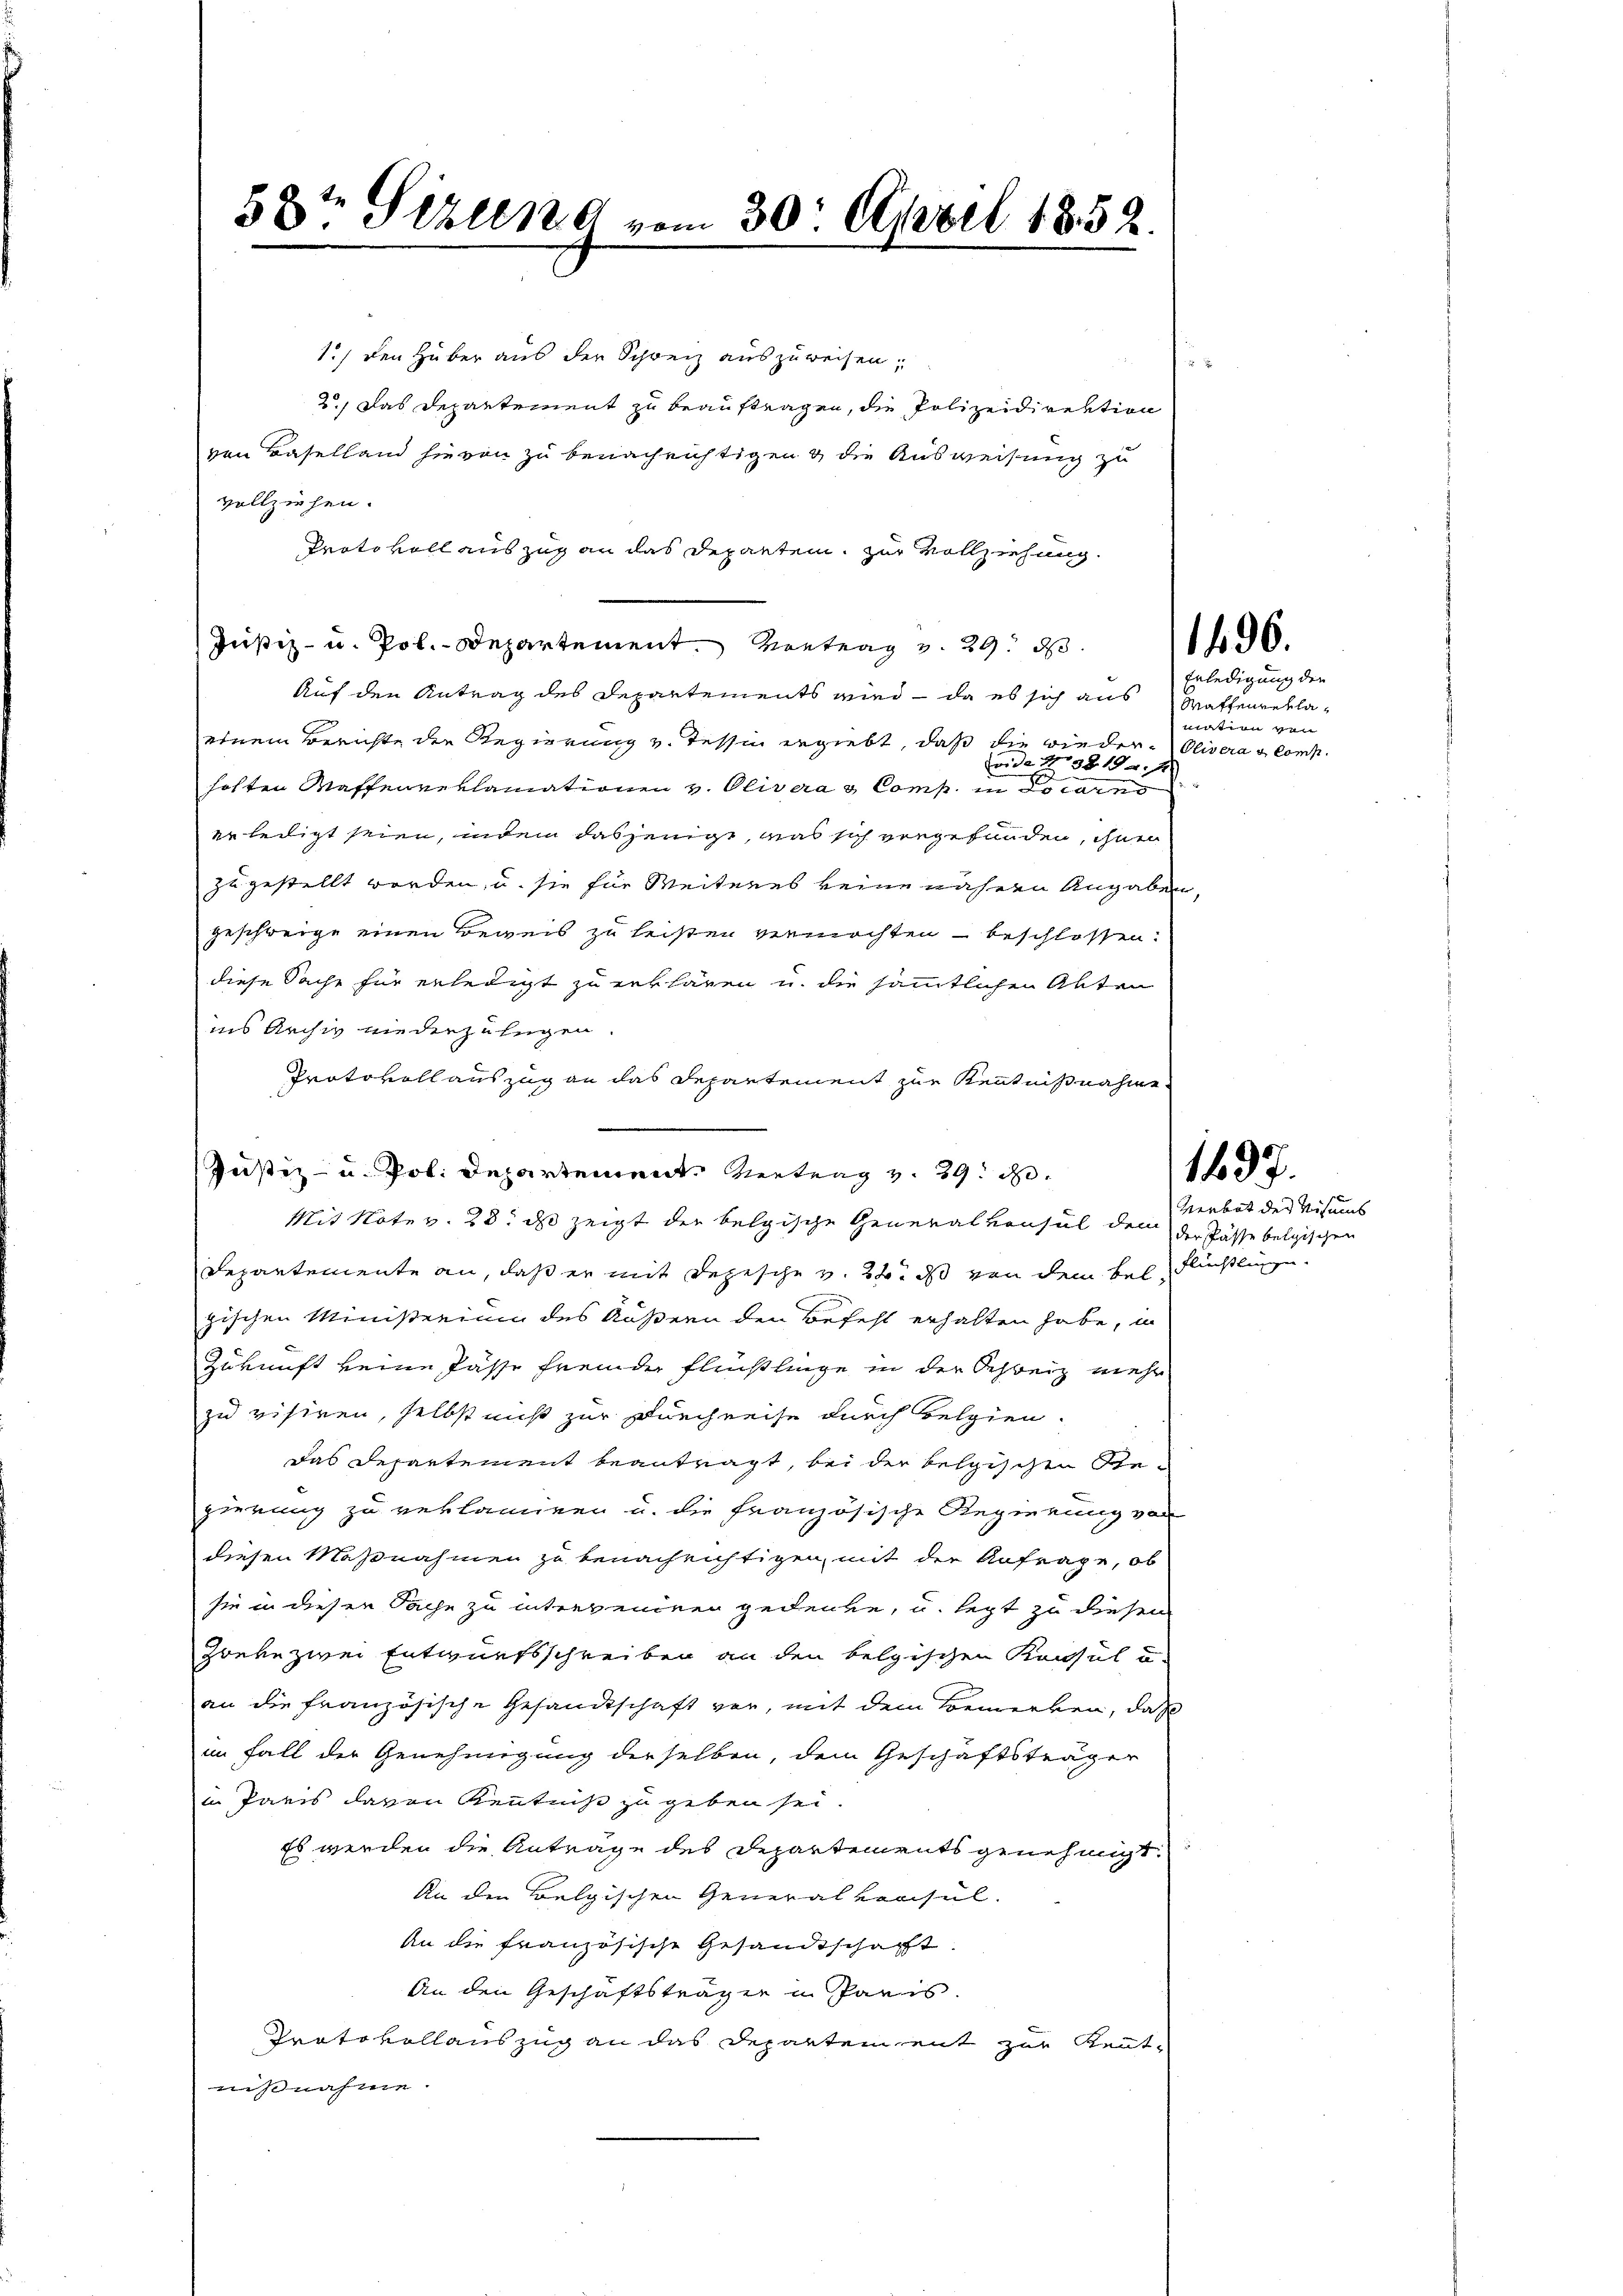
58t Sirung vom 30. April 1852.

Justiz- u. Pol. Departement Vertrag v. 29. d.

1.) Den Huber aus der Schweiz auszuweisen,
2.) Das Departement zu beauftragen, die Polizeidirektion
von Baselland hievon zu benachrichtigen & die Ausweisung zu
vollziehen.
Protokoll auszug an das Departen, zur Vollziehung.
Justiz- u. Pol.- Departement. Vortrag v. 29. d.
Auf den Antrag des Departements wird – da es sich aus
einem Berichte der Regierung v. Tessin ergiebt, daß die wieder-Olivera a comp.
vide No 381 f.
hoften Waffenreklamationen v. Oliveras Comp. in do cares
erledigt seien, indem dasjenige, was sich vorgefunden, ihnen
zugestellt worden, u. sie für Weiteres keine nähern Angaben,
geschweige einen Beweis zu leisten vermöchten beschlossen:
diese Sache für erledigt zu erklären u. die sämmtlichen Akten
ins Archiv niederzulegen
Protokoll auszug an das Departement zur Kenntnißnahme
Mit Note v. 23. ds zeigt der belgische Generalkonsul den der Pässe belgischen
Departemente an, daß er mit Depesche v. 22. ds von dem Bel Flüchtlinge.
gischen Ministerium des Äußern den Befehl erhalten habe, in
Zukunft keine Pässe fremde Fleißlinge in der Schweiz mehr
zu visiren, selbst nicht zur Durchreise durch Belgien.
das Departement beantragt, bei der belgischen Gezierung zu verlangen u. die französische Regierung von
diesen Maßnahmen zu benachrichtigen, mit der Anfrage, ob
sie in dieser Sache zu interrennern gedenke, u. letzt zu diesen
Zoeke zwei Entwurfsschreiben an den belgischen Konsul u.
an die französische Gesandtschaft vor, mit dem Bemerken, daß
im Fall der Genehmigung derselben, dem Geschäftsträger
in Paris davon Kenntniß zu geben sei.
Es werden die Anträge des Departements genehmigt.
An den Belgischen Generalkonsul
An die französische Gesandtschafft
An den Geschäftsträger u. Paris.
Protokollauszug an das Departement zur Kenntnißnahme.

1496.

Erledigung der
Waffengeklamation von

1497.

Verbot der Visums